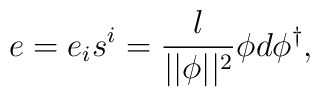
e=e_is^i=\frac l{||\phi ||^2}\phi d\phi ^{\dagger },